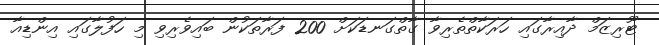
ޓޫރިޒަމް ދާއިރާގައި ހަރަކާތްތެރިވާ ގާތްގަނޑަކަށް 200 ފަރާތަކުން ބައިވެރިވި މި ހަފުލާގައި އިންޑިއާ